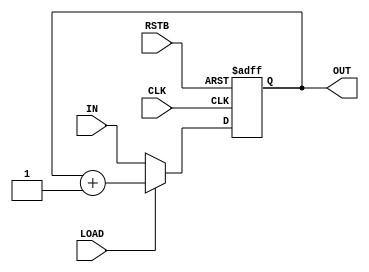
module counter(CLK, RSTB, IN, LOAD, OUT);
    input CLK;
    input RSTB;
    input [3:0]IN;
    input LOAD;
    output reg [3:0]OUT;

    always @(posedge CLK or negedge RSTB)begin
        if(RSTB == 0)begin
            OUT <= 0;
        end else begin
            if(LOAD == 1)begin
                OUT <= OUT + 1;
            end else begin
                OUT <= IN;
            end
        end
    end
endmodule